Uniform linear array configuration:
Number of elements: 24
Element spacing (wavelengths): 0.5
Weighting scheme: binomial
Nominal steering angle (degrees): -15
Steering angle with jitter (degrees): -15.079
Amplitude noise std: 0.05
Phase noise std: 0.05

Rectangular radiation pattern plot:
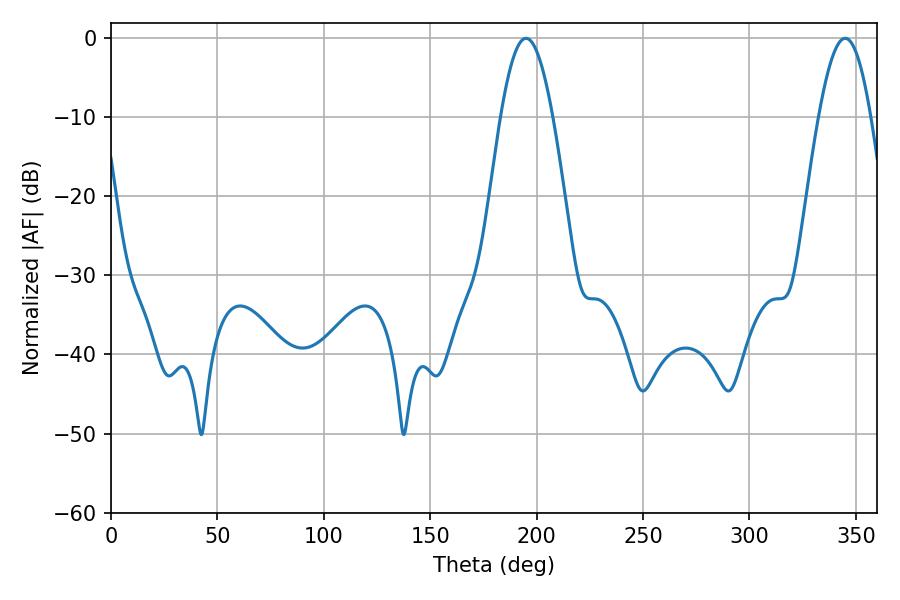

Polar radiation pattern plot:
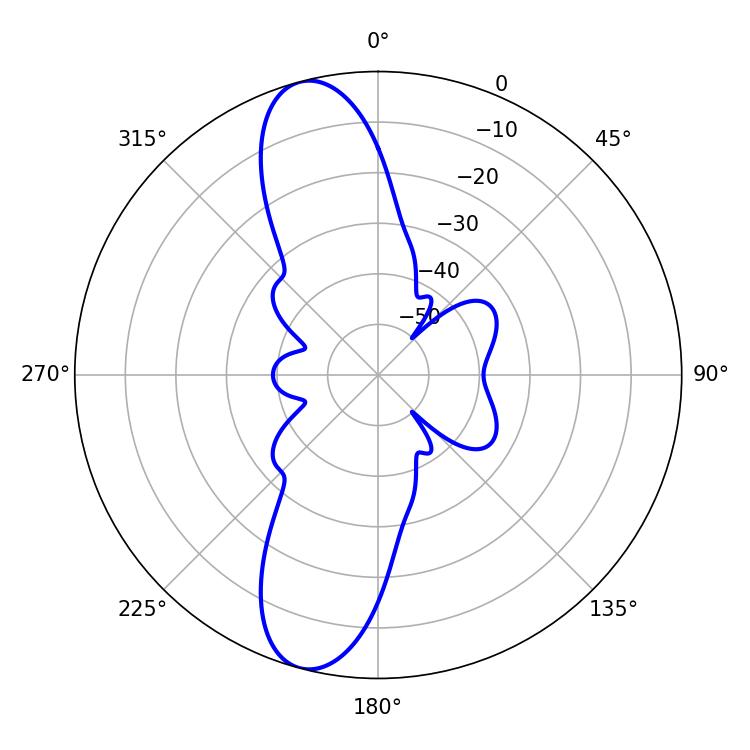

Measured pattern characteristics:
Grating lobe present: FALSE
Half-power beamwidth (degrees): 13.32
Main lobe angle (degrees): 194.94